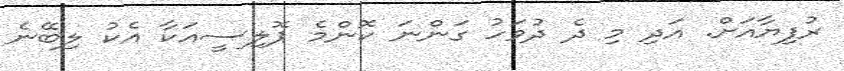
ރުފިޔާއަށް. އަދި މި ދެ ދުވަހު ގަންނަ ކޮންމެ ޕޮލިސީއަކާ އެކު ލިބޭނެ